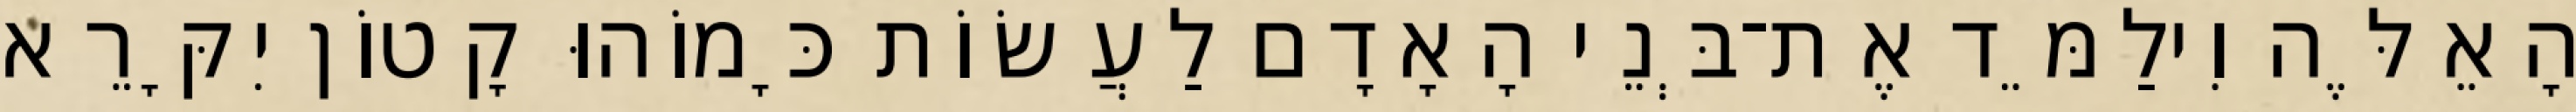
הָאֵלֶּה וִילַמֵּד אֶת־בְּנֵי הָאָדָם לַעֲשׂוֹת כָּמוֹהוּ קָטוֹן יִקָּרֵא